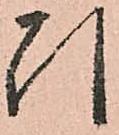
引